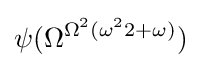
\psi (\Omega ^{\Omega ^{2}(\omega ^{2}2+\omega )})